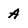
Character: A